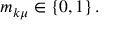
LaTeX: m _ { k \mu } \in \left\{ 0 , 1 \right\} .